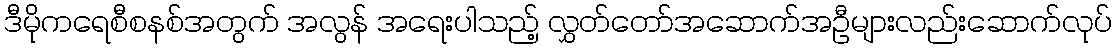
ဒီမိုကရေစီစနစ်အတွက် အလွန် အရေးပါသည့် လွှတ်တော်အဆောက်အဦများလည်းဆောက်လုပ်